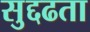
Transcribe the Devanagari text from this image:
सुद्दढता